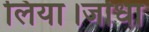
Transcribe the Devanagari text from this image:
लिया।जोधा